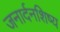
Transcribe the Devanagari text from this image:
जनार्दनशिष्य